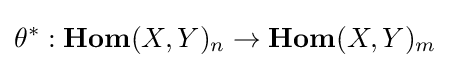
\theta ^{*}:{\textbf {Hom}}(X,Y)_{n}\to {\textbf {Hom}}(X,Y)_{m}